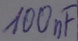
Text: 100nF